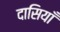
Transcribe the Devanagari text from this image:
दासियाँ